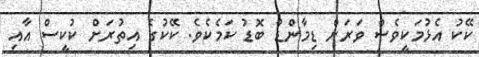
ކޭކު އެޅުމަކީވެސް ވަރަށް ޑިމާންޑް ބޮޑު ކަމެކެވެ. ކޭކުގެ އިތުރަށް ކުކީސް އާއި